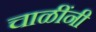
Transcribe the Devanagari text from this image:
चाळींनी